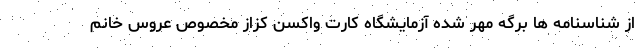
از شناسنامه ها برگه مهر شده آزمایشگاه کارت واکسن کزاز مخصوص عروس خانم